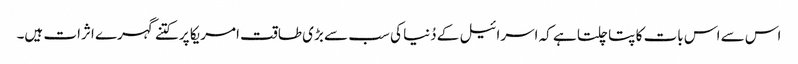
اس سے اس بات کا پتا چلتا ہے کہ اسرائیل کے دُنیا کی سب سے بڑی طاقت امریکا پر کتنے گہرے اثرات ہیں۔